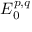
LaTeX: E _ { 0 } ^ { p , q }